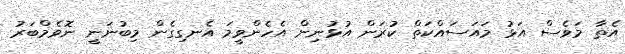
އެތާ މަވެސް އަޅު މައަސައްކަތް ކުރަން އުޅުނިން އެހެންވީމަ އެނގިގެން މިބުނަނީ ނޮވެމްބަރު